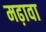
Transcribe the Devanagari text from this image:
मढ़ावा